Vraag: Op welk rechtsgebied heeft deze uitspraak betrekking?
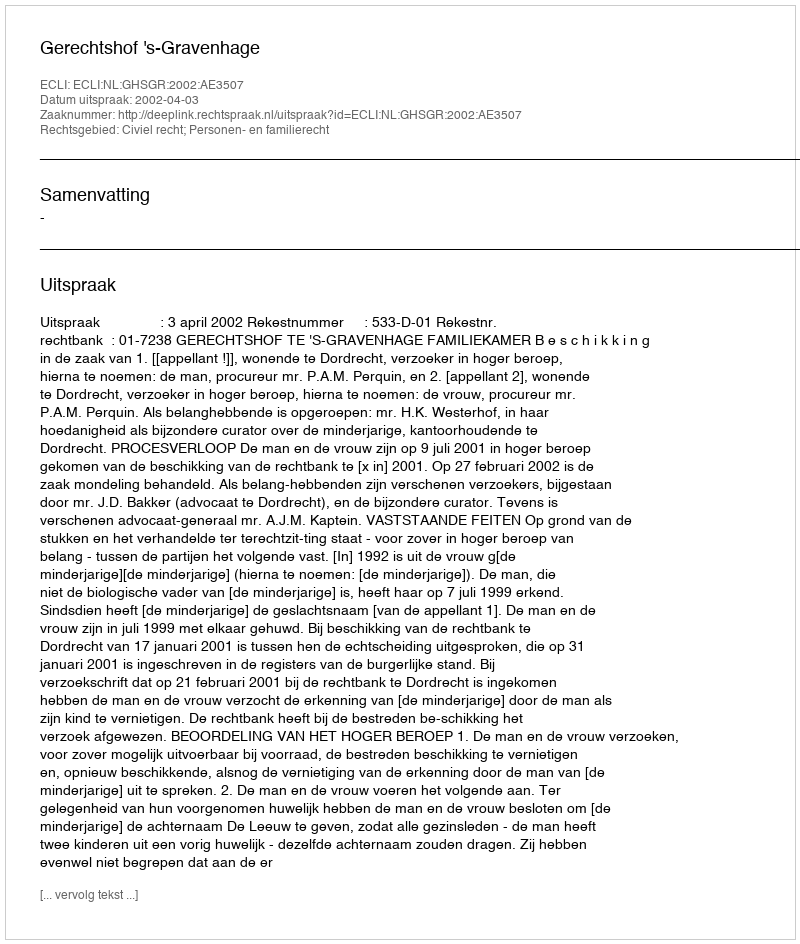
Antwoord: Civiel recht; Personen- en familierecht